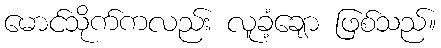
မောင်သိုက်ကလည်း လူခံ့ချော ဖြစ်သည်။